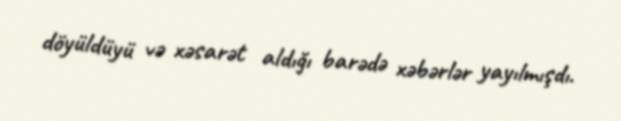
döyüldüyü və xəsarət aldığı barədə xəbərlər yayılmışdı.